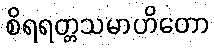
စိရရတ္တသမာဟိတော